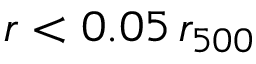
r < 0 . 0 5 \, r _ { 5 0 0 }